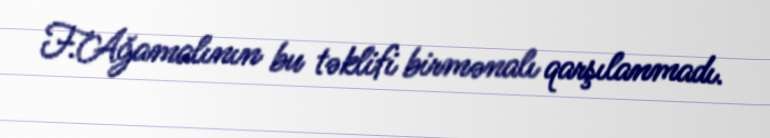
F.Ağamalının bu təklifi birmənalı qarşılanmadı.